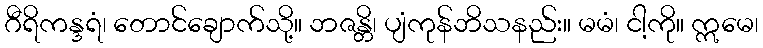
ဂီရိကန္ဒရံ၊ တောင်ချောက်သို့။ ဘဇန္တိ၊ ပျံကုန်ဘိသနည်း။ မမံ၊ ငါ့ကို။ ဣမေ၊